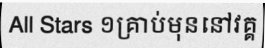
All Stars ១គ្រាប់មុននៅវគ្គ